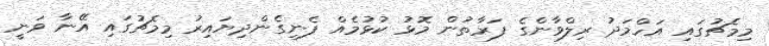
މިމެޗުގައި އަހްމަދު ރިލްވާންގެ ފަރާތުން މޮޅު ކުޅުމެއް ފެނިގެންދިޔައިރު މިމެޗުގައި އޭނާ ވަނީ